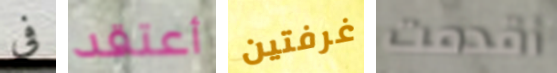
فى أعتقد غرفتين أقدمت